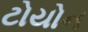
ટોયોન